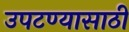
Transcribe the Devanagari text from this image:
उपटण्यासाठी